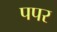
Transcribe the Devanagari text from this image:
पपर